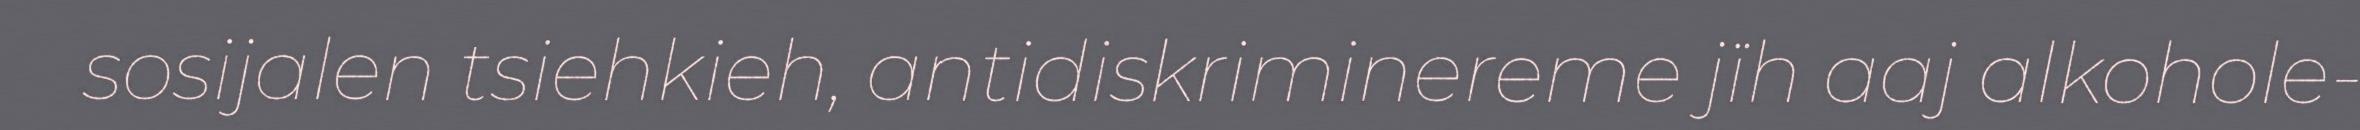
sosijalen tsiehkieh, antidiskriminereme jïh aaj alkohole-